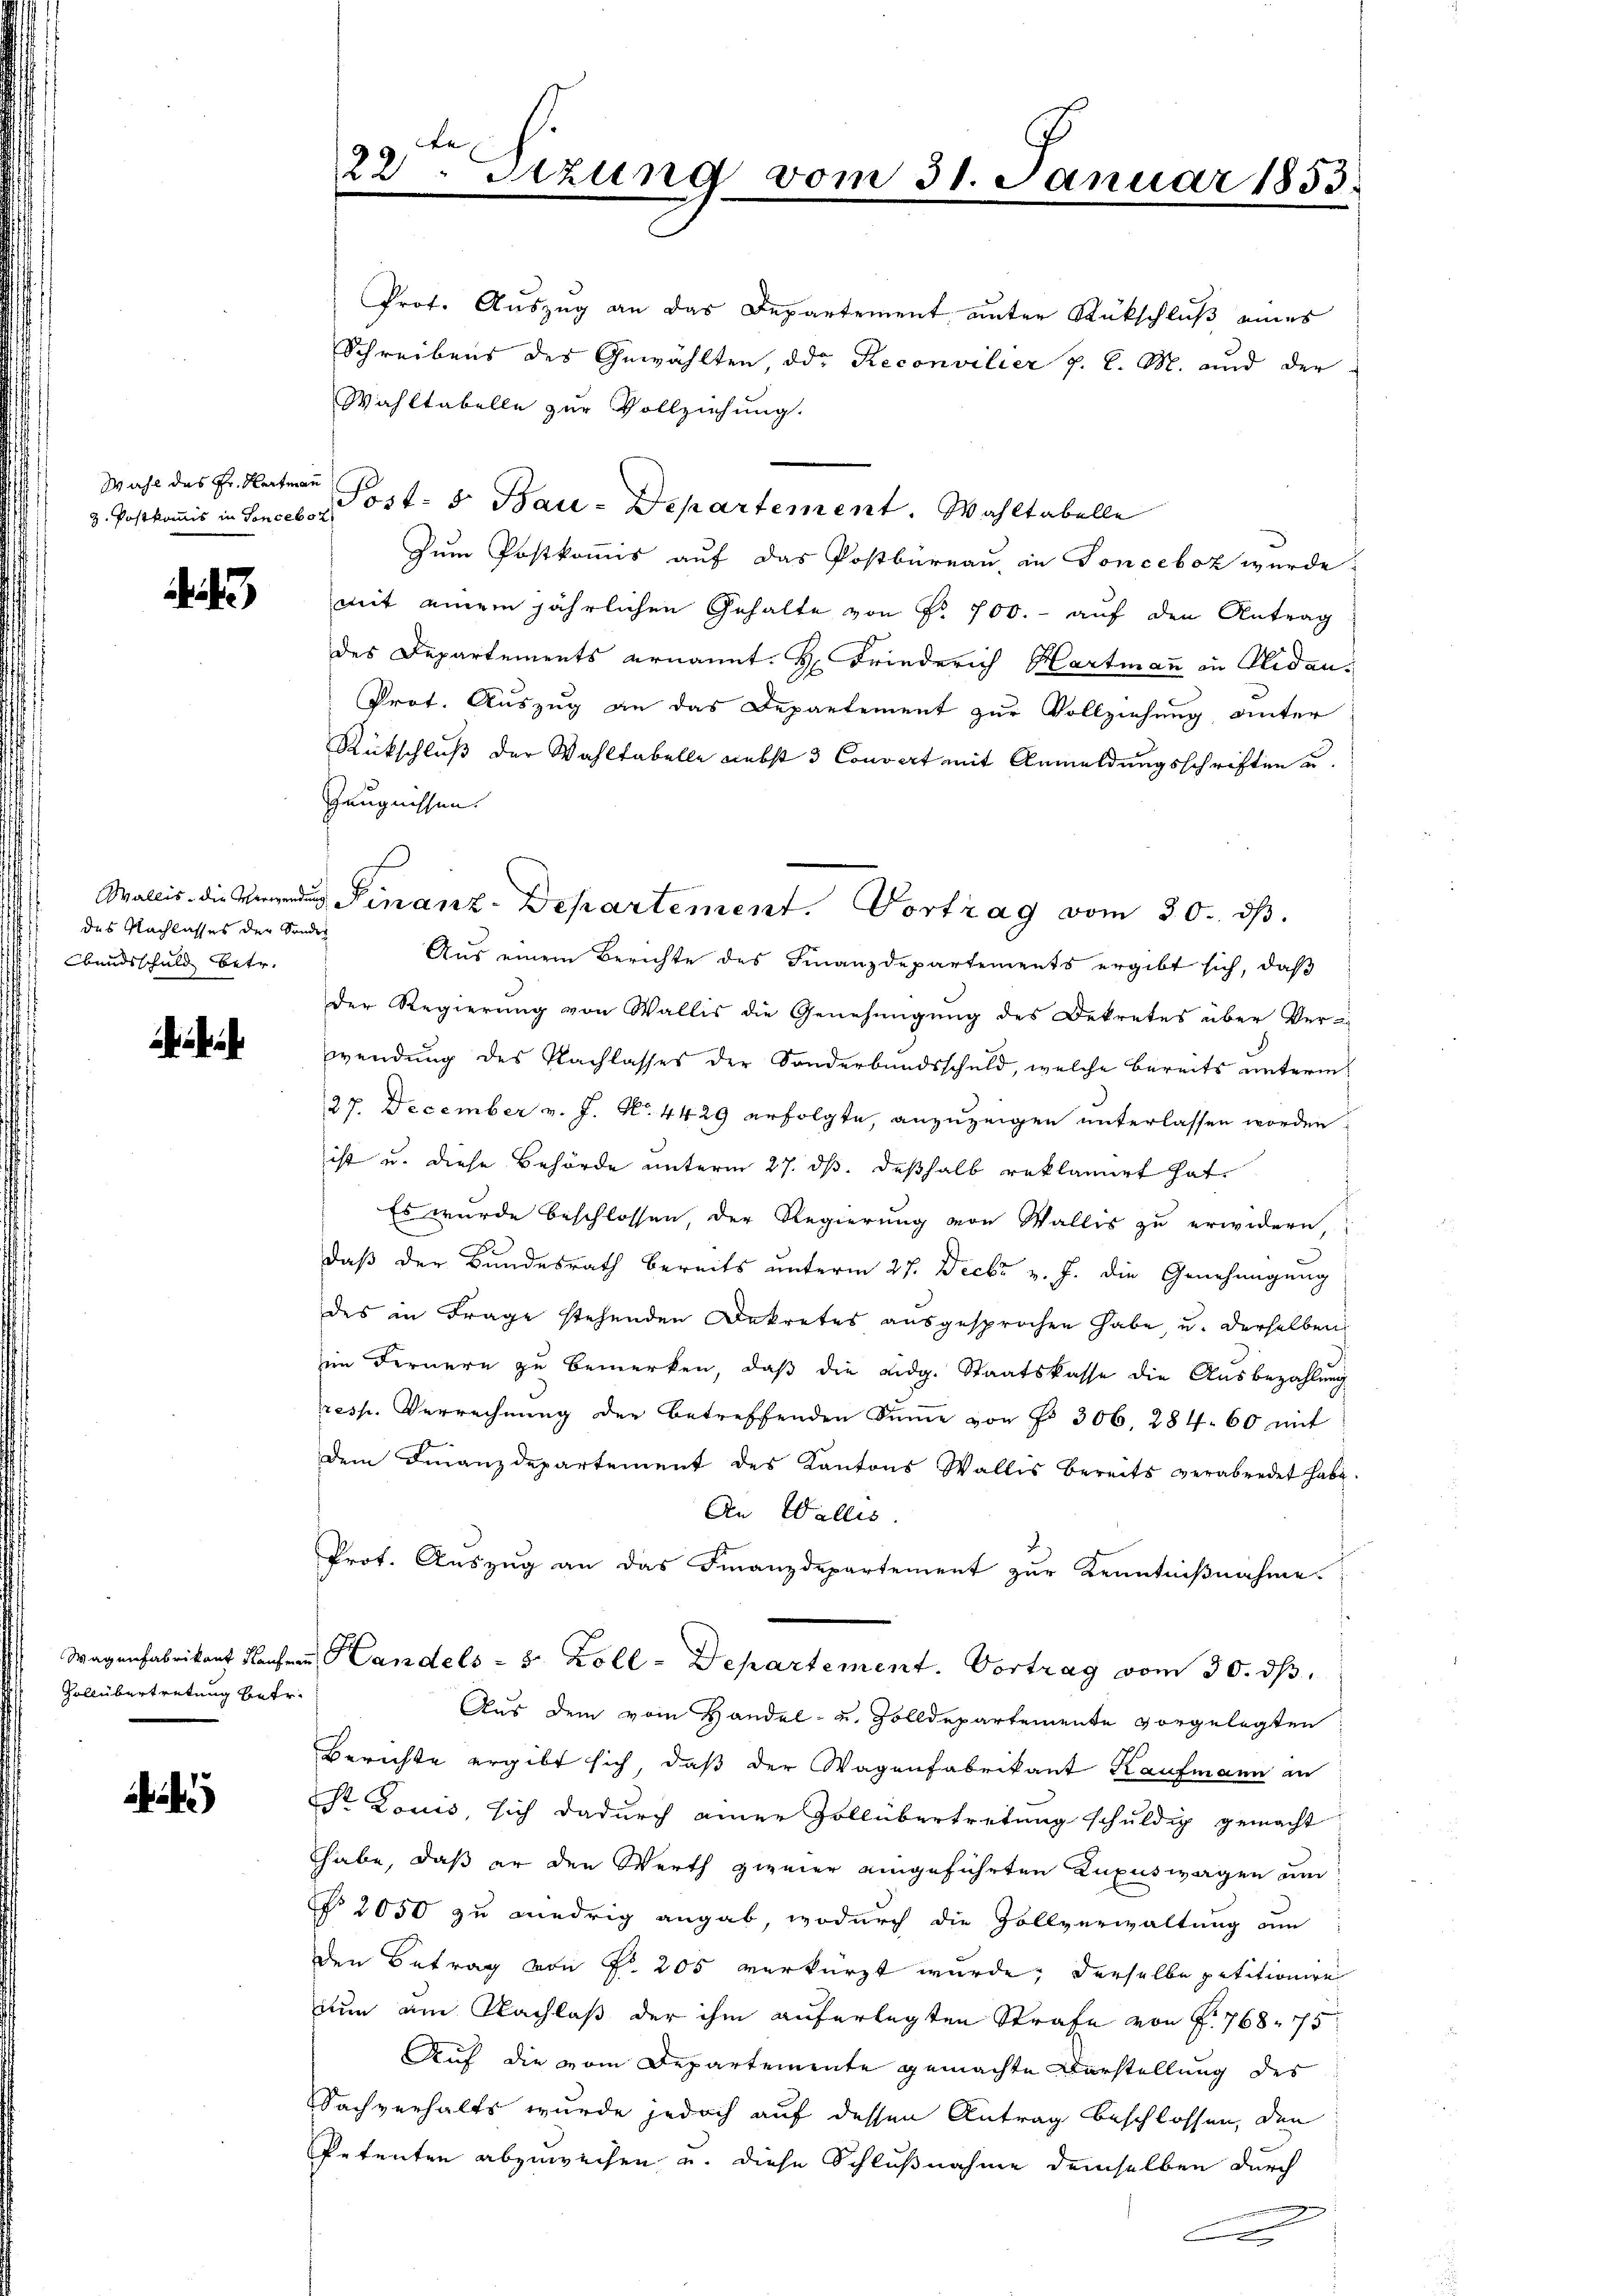
Wahl des Hr. Hartmann
z. Postkommis in Sonceboz

des Nachlasses der Sondre
bandsschuld betr.

Wagenfabrikant Kaufen
Gollübertretung betr.

)

22ten Sitzung vom 31. Januar 1853.

Zeugnissen.

Prof. Auszug an das Departement unter Rückschluß eines
Schreibens des Gewählten, od. Reconvilier p. l. M. und der
Wahltabelle zur Vollziehung.
Post- & Bau-Departement. Wahltabelle
Zum Postkommis auf das Postbureau, in Fonceboz wurde
mit einem jährlichen Gehalte von Nr. 700.- auf den Antrag
des Departements ernannt. H. Friederich Hartmann in Nidau¬
Prot. Auszug an das Departement zur Vollziehung, unter
Rückschluß der Wahltabelle nebst 3 Convert mit Anmeldungsschriften u.
Aus einem Berichte des Finanzdepartements ergibt sich, daß
Der Regierung von Wallis die Genehmigung des Dekretes über Ver-
wendung des Nachlasses der Sonderbandsschuld, welche bereits unterm
27. December v. J. N. 4429 erfolgte, anzuzeigen unterlassen worden.
ist u. diese Behörde unterm 27. ds. deßhalb reklamiert hat.
Es wurde beschlossen, der Regierung von Wallis zu erwidern,
daß der Bundesrath bereits unterm 27. Decbr v. J. die Genehmigung
des in Frage stehenden Dekretes ausgesprochen habe, u. derselben
im Fernern zu bemerken, daß die eidg. Staatskasse die Ausbezahlung
resp. Verrechnung der betreffenden Summe von Fr. 306. 284. 60 mit
dem Finanzdepartement des Kantons Wallis bereits verabredet habe.
An Wallis
Prot. Auszug an das Finanzdepartement zur Kenntnißnahme
Handels- 5 Zoll-Departement. Vortrag vom 30. dβ.
Aus dem vom Handel- u. Zolldepartemente vorgelegten
Berichte ergibt sich, daß der Wagenfabrikant Kaufmann an
Sr Louis, sich dadurch einer Zollübertretung schuldig gemacht
habe, daß er den Werth gezier eingeführten Luxuswagen um
§ 2050 zu wiedrig angab, wodurch die Zollverwaltung am
den Betrag von Nr. 205 verkürzt wurde; derselbe petitionire
nun am Nachlaß der ihm auferlegten Strafe von f. 768. 75
Auf die vom Departemente gemachte Darstellung des
Sachverhalts wurde jedoch auf dessen Antrag beschlossen, den
Petenten abzuweisen u. diese Schlußnahme demselben durch
g
C

Wallis die Finanz-Departement. Vortrag vom 30. ds.